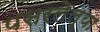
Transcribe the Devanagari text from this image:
पसरलेल्‍या